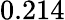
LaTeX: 0.214